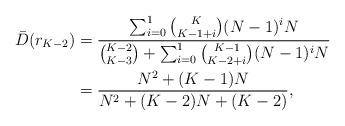
LaTeX: \begin{align*}\bar{D}(r_{K-2}) &= \frac{\sum_{i=0}^{1} \binom{K}{K-1+i}(N-1)^i N}{\binom{K-2}{K-3}+\sum_{i=0}^{1} \binom{K-1}{K-2+i}(N-1)^iN} \\&= \frac{N^2 +(K-1)N}{N^2+(K-2)N+(K-2)}, \end{align*}